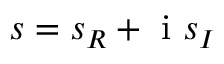
s = s _ { R } + \mathrm { ~ i ~ } s _ { I }